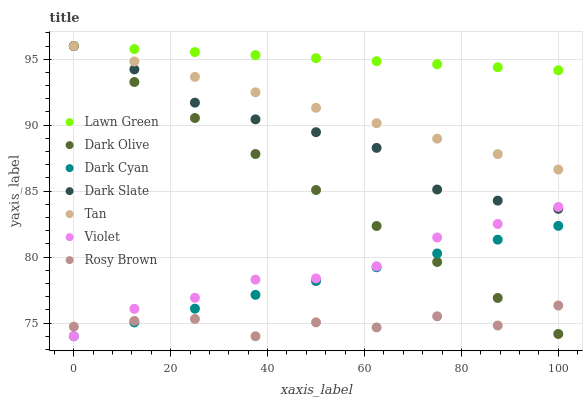
| xaxis_label | Lawn Green | Dark Olive | Dark Cyan | Dark Slate | Tan | Violet | Rosy Brown |
 | --- | --- | --- | --- | --- | --- | --- | --- |
 | 0 | 96 | 96 | 74 | 96 | 96 | 74 | 74.7 |
 | 12.5 | 95.8 | 93.3 | 75 | 94.2 | 94.8 | 76.1 | 75.2 |
 | 25 | 95.5 | 90.5 | 76.1 | 91.7 | 93.7 | 76.9 | 75.3 |
 | 37.5 | 95.3 | 87.8 | 77.1 | 90.4 | 92.5 | 78.3 | 74 |
 | 50 | 95.1 | 85.1 | 78.2 | 89.5 | 91.3 | 78.4 | 75.1 |
 | 62.5 | 94.8 | 82.4 | 79.2 | 88.3 | 90.1 | 79.3 | 74.7 |
 | 75 | 94.6 | 79.6 | 80.3 | 85.1 | 89 | 81.5 | 75.5 |
 | 87.5 | 94.4 | 76.9 | 81.3 | 84.3 | 87.8 | 82.5 | 74.8 |
 | 100 | 94.2 | 74.2 | 82.4 | 83.7 | 86.6 | 83.8 | 76.3 |